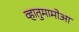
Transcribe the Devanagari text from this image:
व्हातुमामोआ